Civil Veterinary Department Bengal reports 1933-51 - 1933-1951
Year: 1933
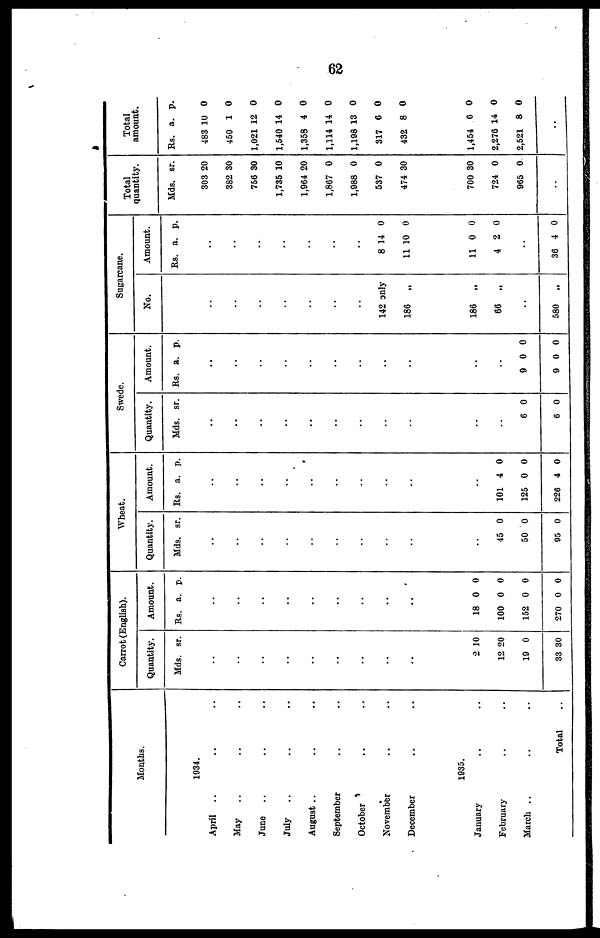
62
Months.
1934.
April .. .. ..
May .. .. ..
June .. .. ..
July .. .. ..
August .. .. ..
September .. .. ..
October .. .. ..
November .. .. ..
December .. .. ..
1935.
January .. ..
February .. ..
March .. ..
Total ..
Carrot (English).
Quantity.
Mds. sr.
..
..
..
..
..
..
..
..
..
2 10
12 20
19 0
33 30
Amount.
Rs. a. p.
..
..
..
..
..
..
..
..
..
18 0 0
100 0 0
152 0 0
270 0 0
Wheat.
Quantity.
Mds. sr.
..
..
..
..
..
..
..
..
..
..
45 0
50 0
95 0
Amount.
Rs. a. p.
..
..
..
..
..
..
..
..
..
..
101 4 0
125 0 0
226 4 0
Swede.
Quantity.
Mds. sr.
..
..
..
..
..
..
..
..
..
..
..
6 0
6 0
Amount.
Rs. a. p.
..
..
..
..
..
..
..
..
..
..
..
9 0 0
9 0 0
Sugarcane.
No.
..
..
..
..
..
..
..
142 only
186
„
186
„
66
„
..
580
„
Amount.
Rs. a. p.
..
..
..
..
..
..
..
8 14 0
11 10 0
11 0 0
4 2 0
..
36 4 0
Total
quantity.
Mds. sr.
303 20
382 30
756 30
1,735 10
1,964 20
1,867 0
1,988 0
537 0
474 30
700 30
724 0
965 0
..
Total
amount.
Rs. a. p.
483 10 0
450 1 0
1,021 12 0
1,540 14 0
1,358 4 0
1,114 14 0
1,198 13 0
317 6 0
432 8 0
1,454 6 0
2,276 14 0
2,521 8 0
..